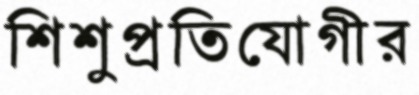
শিশুপ্রতিযোগীর